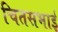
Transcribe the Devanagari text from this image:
चितसभाई